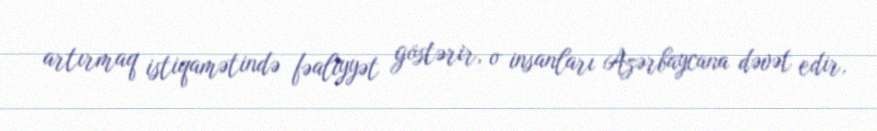
artırmaq istiqamətində fəaliyyət göstərir, o insanları Azərbaycana dəvət edir,